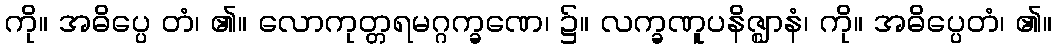
ကို။ အဓိပ္ပေ တံ၊ ၏။ လောကုတ္တရမဂ္ဂက္ခဏေ၊ ၌။ လက္ခဏူပနိဇ္ဈာနံ၊ ကို။ အဓိပ္ပေတံ၊ ၏။